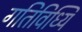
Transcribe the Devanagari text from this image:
गतिविध्यिं